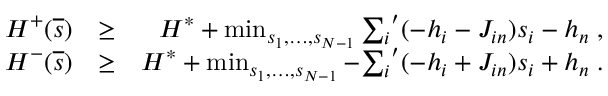
\begin{array} { r l r } { { \cal H } ^ { + } ( \overline { { s } } ) } & { \ge } & { { \cal H } ^ { * } + \operatorname* { m i n } _ { s _ { 1 } , \ldots , s _ { N - 1 } } { \sum _ { i } } ^ { \prime } ( - h _ { i } - J _ { i n } ) s _ { i } - h _ { n } \; , } \\ { { \cal H } ^ { - } ( \overline { { s } } ) } & { \ge } & { { \cal H } ^ { * } + \operatorname* { m i n } _ { s _ { 1 } , \ldots , s _ { N - 1 } } - { \sum _ { i } } ^ { \prime } ( - h _ { i } + J _ { i n } ) s _ { i } + h _ { n } \; . } \end{array}